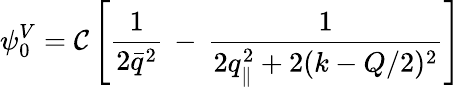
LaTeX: \psi_{0}^{V}={\cal C}\left[\frac 1{2\bar{q}^{2}}\, -\, \frac 1{2q_{\| }^{2}+2(k-Q/2)^{2}}\right]